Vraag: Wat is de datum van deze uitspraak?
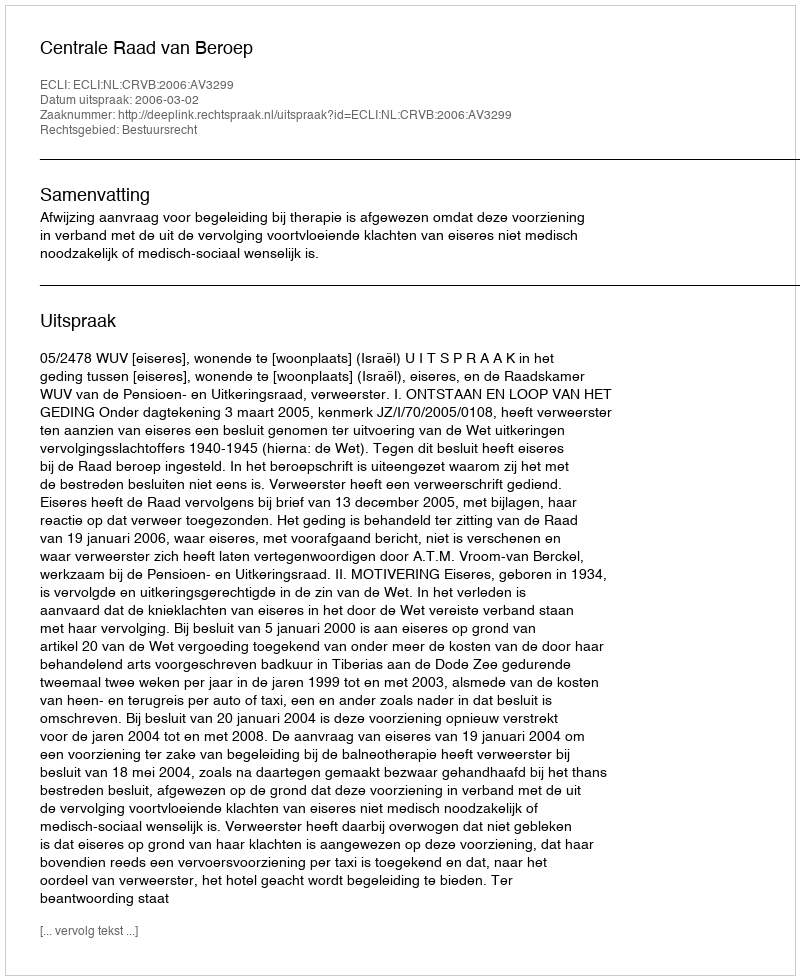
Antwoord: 2006-03-02